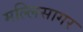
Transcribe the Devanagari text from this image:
मल्लिसागर